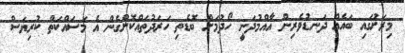
މިރަށުަގައި ބައެއް ދަނޑުވެރިން އާއްމުދަނީ ހޯދުމަށް ބޮޑެތި ހަރަދުތައްކޮށްގެން އެ މަސައްކަތް ކުރިޔަސް